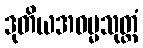
ဒုတိယအဓမ္မသုတ္တံ